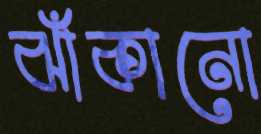
ঝাঁকানো